Leningradi_Edasi_toimetus, lk 8
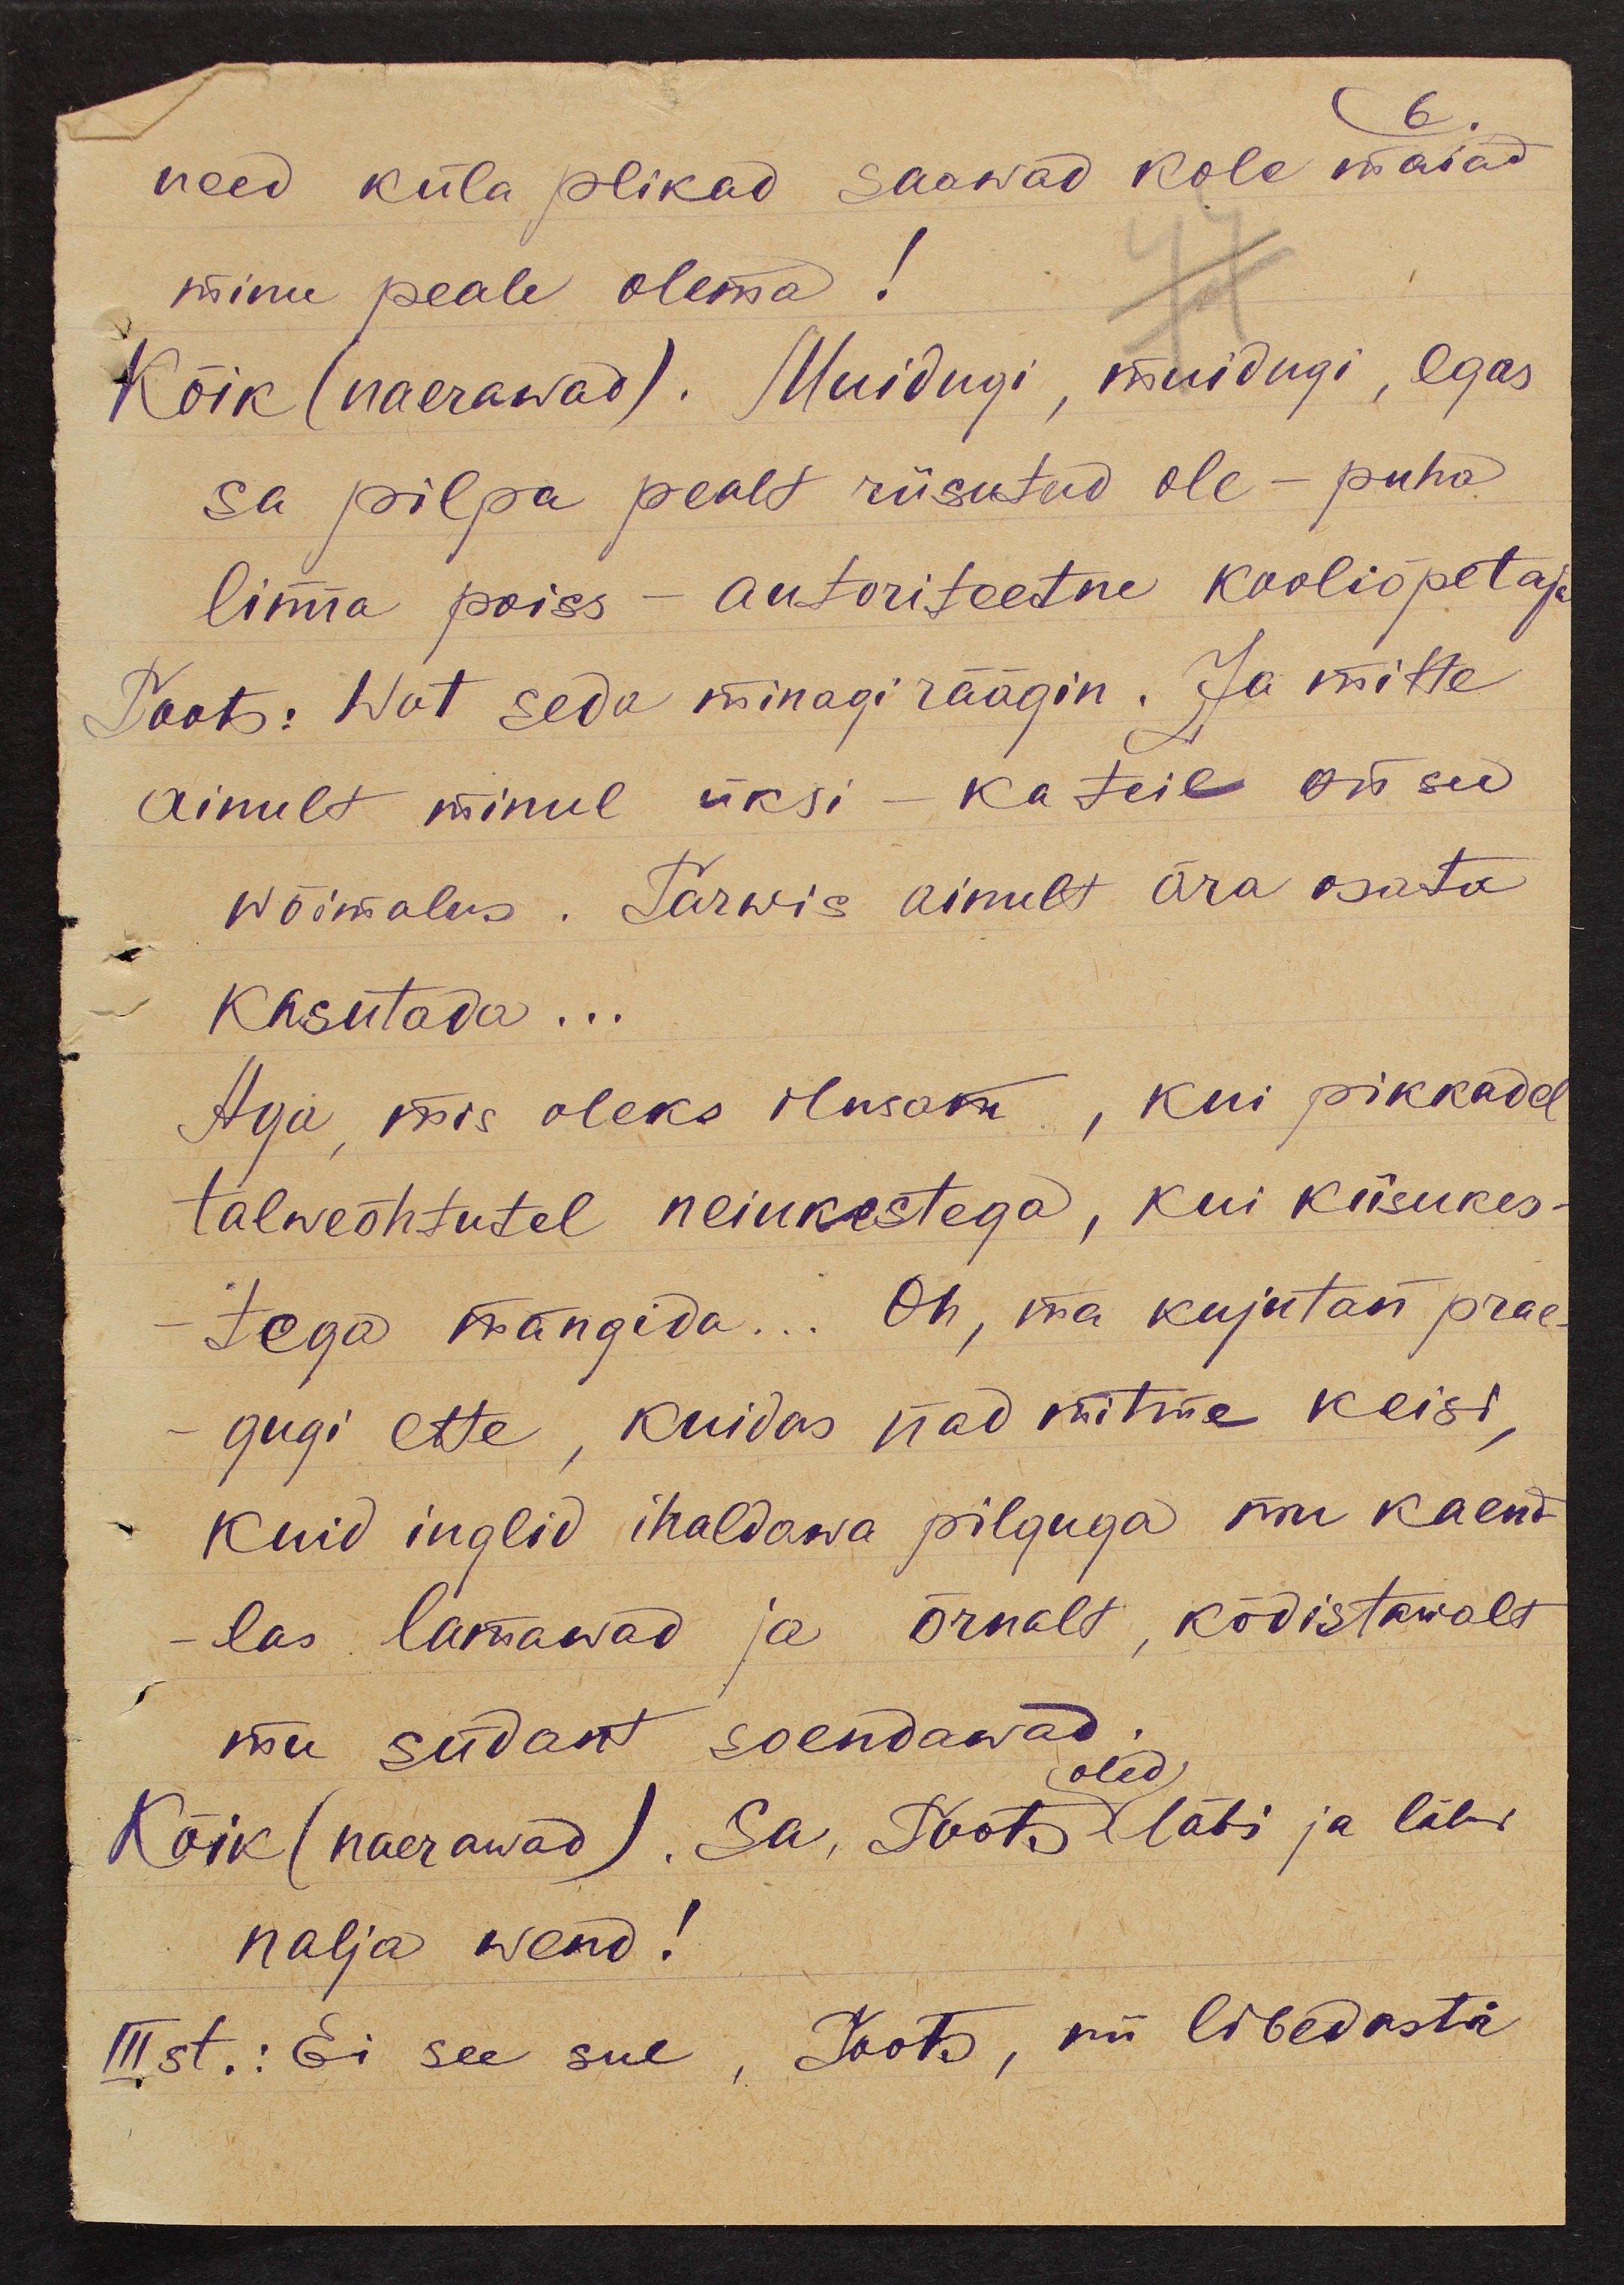
need küla plikad saawad kole maiad
minu peale olema!
Kõik (naerawad). Muidugi, muidugi, egas
sa pilpa pealt riisutud ole - puha
linna poiss - autoriteetne kooliõpetaja
Toots: Wat seda minagi räägin. Ja mitte
ainult minul üksi - ka teil on see
wõimalus. Tarwis ainult ära osata
Kasutada...
Aga, mis oleks ilusam, kui pikkadel
talweõhtutel neiukestega, kui kiisukes-
tega mängida ... Oh, ma kujutan prae-
gugi ette, kuidas nad mitme keisi,
kuid inglid ihaldawa pilguga mu kaend-
las lamawad ja õrnalt, kõdistawalt
mu südant soendawad.
Kõik (naerawad). Sa, Toots läbi ja läbi
oled
nalja wend!
III st.: Ei see sul, Toots, nii libedasti